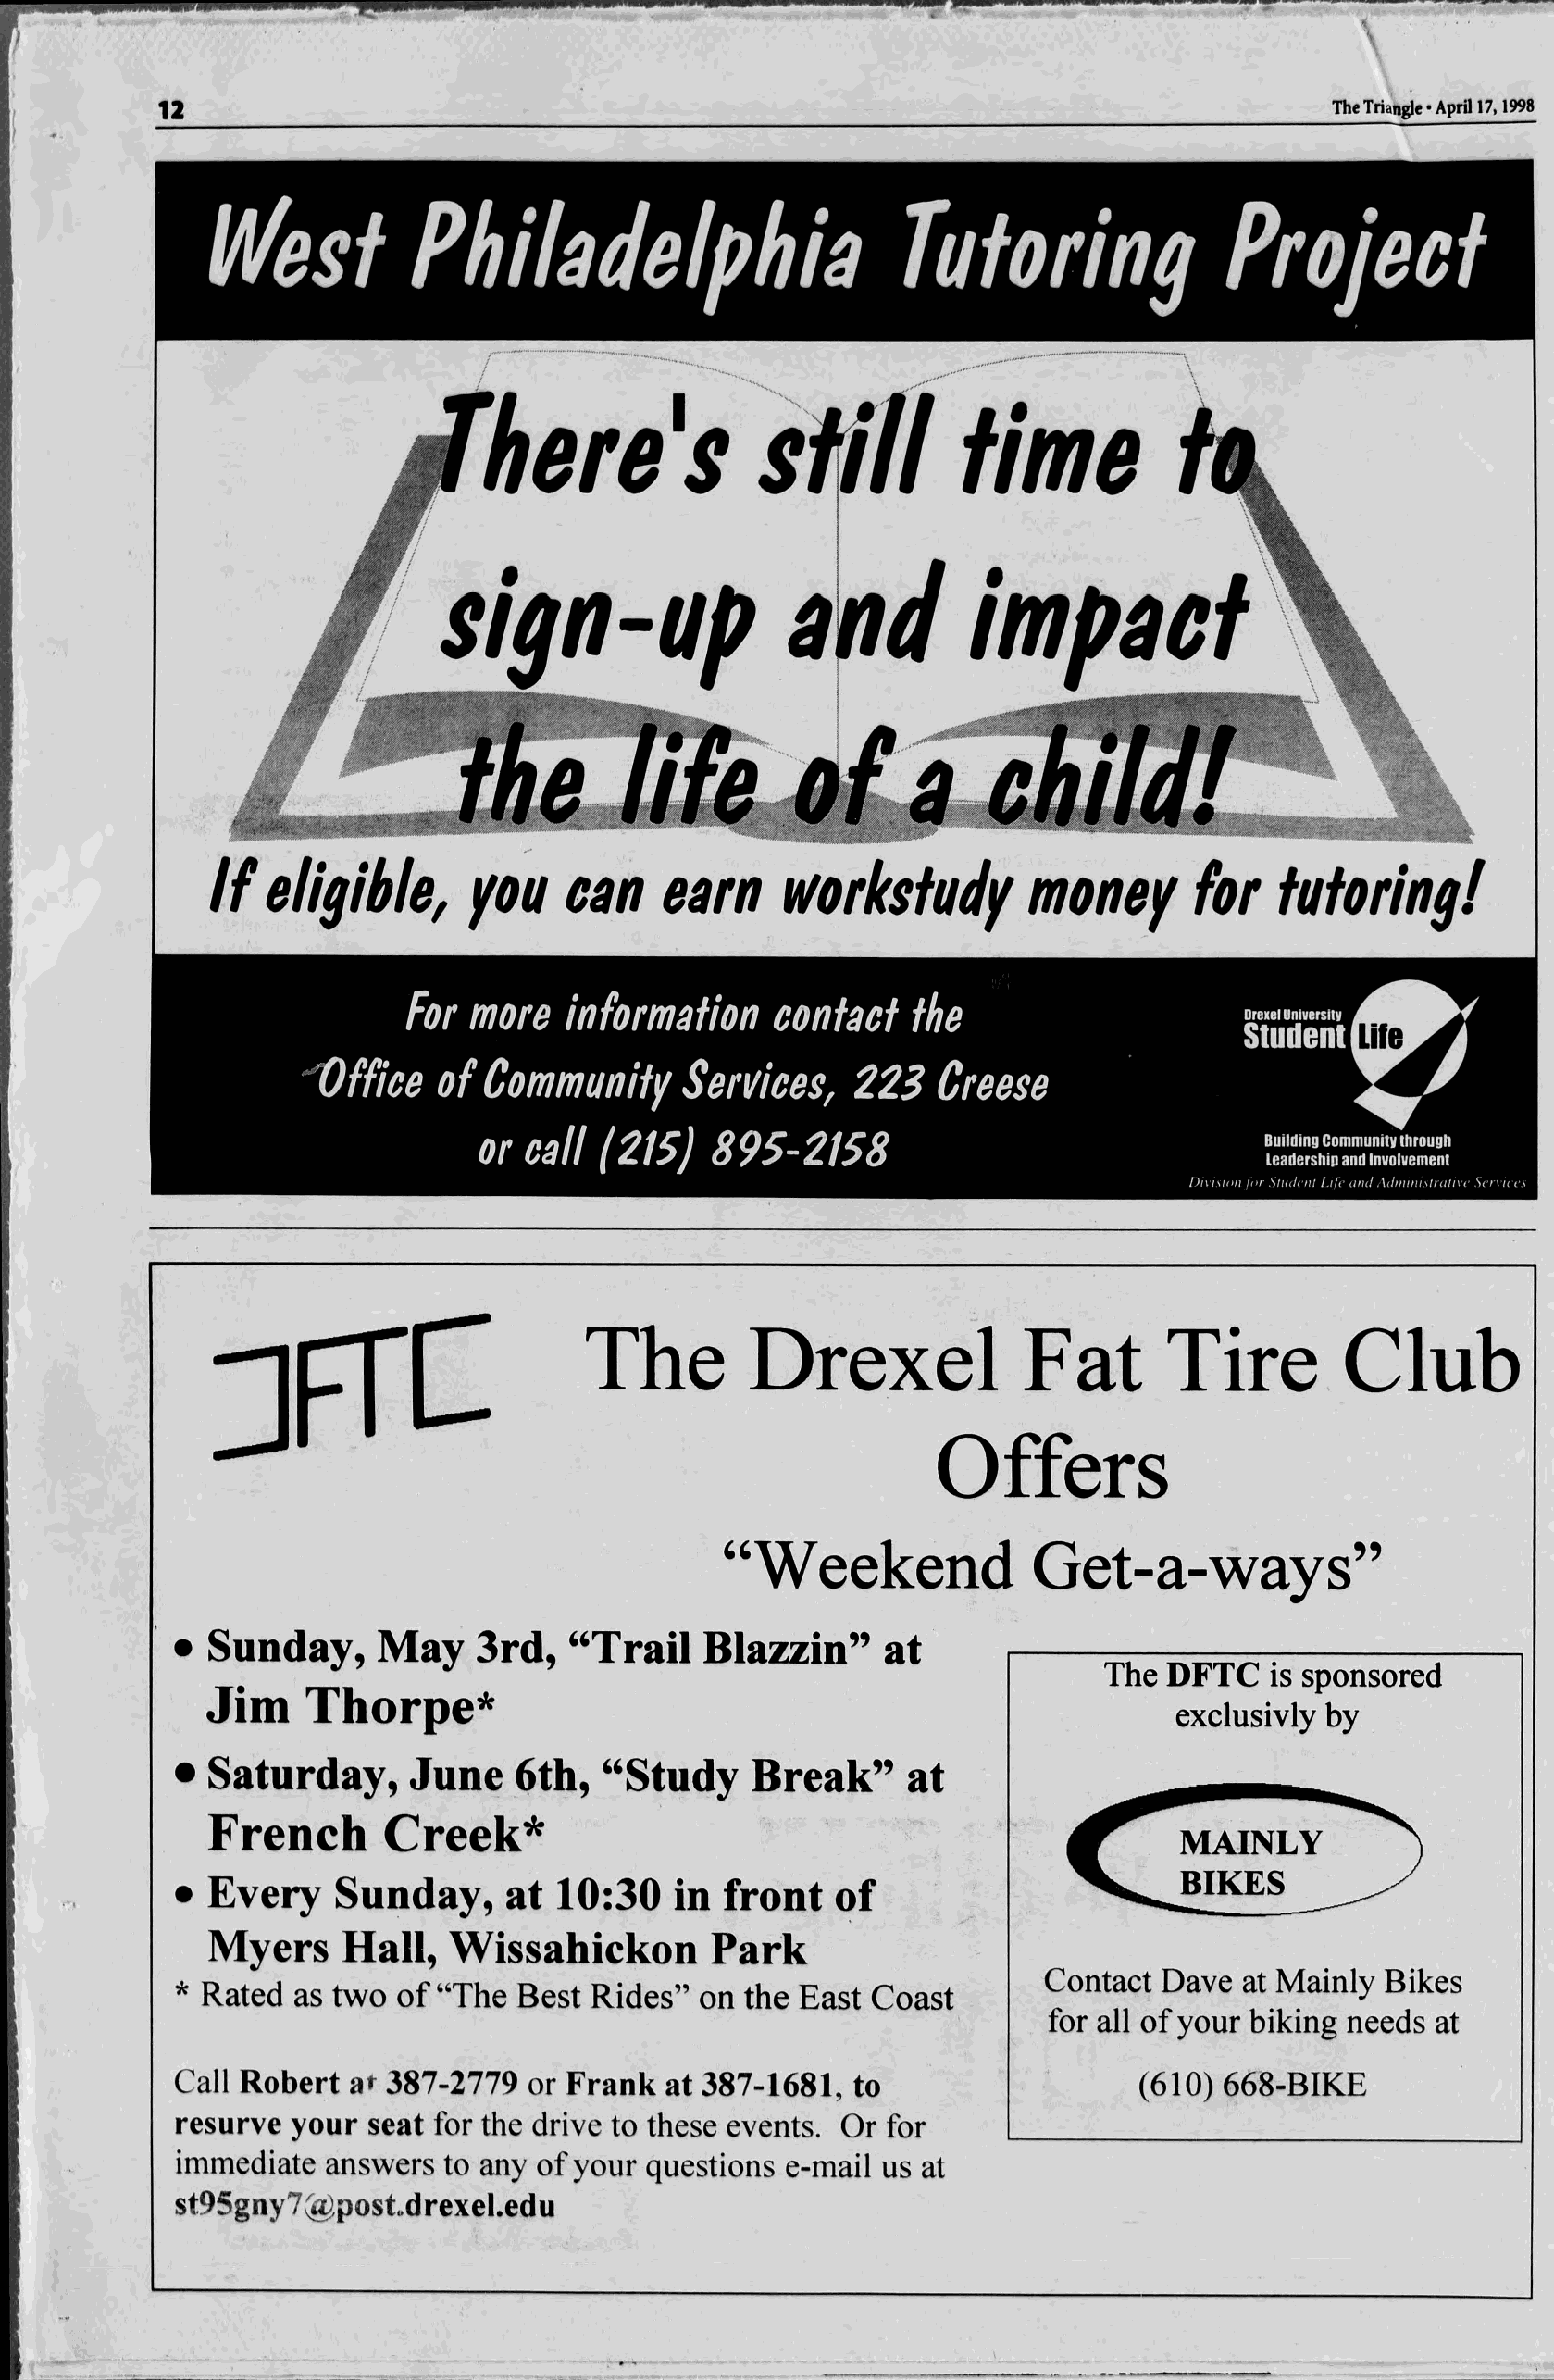
12                                                                                  The Triangle-April 17,1998
 Wes^          Philadelphia                        Tutoring               Project
 h    e  re    's    s   t i l  l   tim      e
 s  ig    n   -ttp        a   n   d    im      p   a  ef
 If  eligible,      you   ean    earn     workstudf         money      for   tutoring!
 For  more  information    contact   the                     Orexel University
 Student
 Office  o f Community     Sen/ices,   2 2 3 Creese
 Building Community through
 or  call (21$)   895-2158
 Leadership and Involvement
 Division fur Studcnl Life and Administrative Scrviccs
 The         Drexel             Fat       Tire         Club
 Offers
 Weekend             Get-a-ways
 •  Sunday,     May    3rd,   “Trail   Blazzin”     at
 DFTC
 T h e       is sponsored
 Jim    Thorpe*
 exclu sivly by
 • Saturday,     June    6th,  “Study     Break”     at
 French       Creek*
 • Every    Sunday,     at  10:30   in  front   of
 Myers     Hall,  Wissahickon        Park
 C ontact D ave at M a in ly B ikes
 • R ated as tw o o f “T h e B est R id e s ” on the E ast C o ast
 fo r a ll o f your b ikin g needs at
 C all R o b e rt at 3 8 7 -2 7 7 9 or F ra n k a t 3 8 7 -1 6 8 1 , to (6 1 0 ) 6 6 8 -B IK E
 resu rve y o u r seat for the drive to these events. O r for
 im m ediate answers to any o f your questions e-m ail us at
 st95g n y7(^ ,p o std rexel.ed u